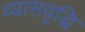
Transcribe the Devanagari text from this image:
व्यासवृद्धि